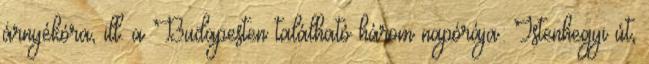
árnyékóra, ill. a Budapesten található három napórája: Istenhegyi út,